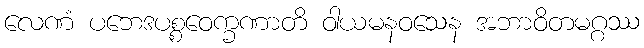
လေဏံ ပဘေဒပစ္စဝေက္ခဏာတိ ဝါယမနဝသေန အဘာဝိတမဂ္ဂဿ